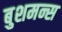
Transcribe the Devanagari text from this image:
बुशमन्स